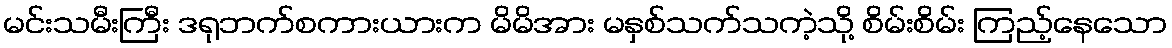
မင်းသမီးကြီး ဒရုဘက်စကားယားက မိမိအား မနှစ်သက်သကဲ့သို့ စိမ်းစိမ်း ကြည့်နေသော